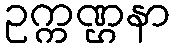
ဥက္ကဏ္ဌနာ